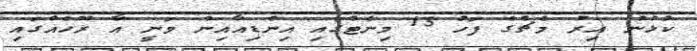
ކުޅުނު އިރު މެޗްގެ ފަހު 15 މިނެޓްގައި އިންޑިއާއިން ވަނީ އާ ރޫހެއްގައި